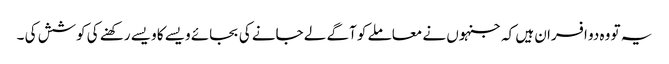
یہ تو وہ دو افسران ہیں کہ جنہوں نے معاملے کو آگے لے جانے کی بجائے ویسے کا ویسے رکھنے کی کوشش کی ۔